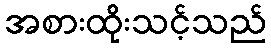
အစားထိုးသင့်သည်